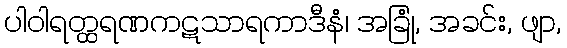
ပါဝါရတ္ထရဏကဋသာရကာဒီနံ၊ အခြုံ, အခင်း, ဖျာ,